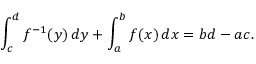
\int _ { c } ^ { d } f ^ { - 1 } ( y ) \, d y + \int _ { a } ^ { b } f ( x ) \, d x = b d - a c .